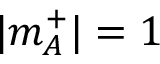
| m _ { A } ^ { + } | = 1